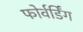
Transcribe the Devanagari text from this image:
फोर्वर्डिंग